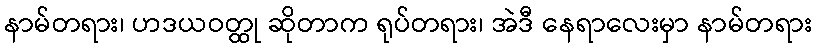
နာမ်တရား၊ ဟဒယဝတ္ထု ဆိုတာက ရုပ်တရား၊ အဲဒီ နေရာလေးမှာ နာမ်တရား